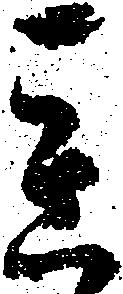
態